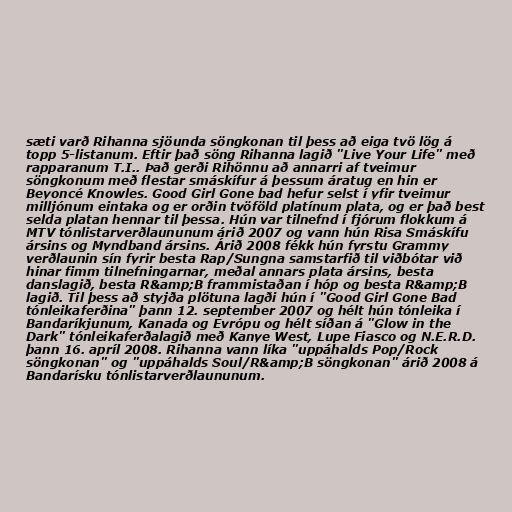
sæti varð Rihanna sjöunda söngkonan til þess að eiga tvö lög á
topp 5-listanum. Eftir það söng Rihanna lagið "Live Your Life" með
rapparanum T.I.. Það gerði Rihönnu að annarri af tveimur
söngkonum með flestar smáskífur á þessum áratug en hin er
Beyoncé Knowles. Good Girl Gone bad hefur selst í yfir tveimur
milljónum eintaka og er orðin tvöföld platínum plata, og er það best
selda platan hennar til þessa. Hún var tilnefnd í fjórum flokkum á
MTV tónlistarverðlaununum árið 2007 og vann hún Risa Smáskífu
ársins og Myndband ársins. Árið 2008 fékk hún fyrstu Grammy
verðlaunin sín fyrir besta Rap/Sungna samstarfið til viðbótar við
hinar fimm tilnefningarnar, meðal annars plata ársins, besta
danslagið, besta R&amp;B frammistaðan í hóp og besta R&amp;B
lagið. Til þess að styjða plötuna lagði hún í "Good Girl Gone Bad
tónleikaferðina" þann 12. september 2007 og hélt hún tónleika í
Bandaríkjunum, Kanada og Evrópu og hélt síðan á "Glow in the
Dark" tónleikaferðalagið með Kanye West, Lupe Fiasco og N.E.R.D.
þann 16. apríl 2008. Rihanna vann líka "uppáhalds Pop/Rock
söngkonan" og "uppáhalds Soul/R&amp;B söngkonan" árið 2008 á
Bandarísku tónlistarverðlaununum.